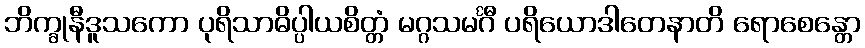
ဘိက္ခုနီဒူသကော ပုရိသာဓိပ္ပါယစိတ္တံ မဂ္ဂသမင်္ဂီ ပရိယောဒါတေနာတိ ရောစေန္တော